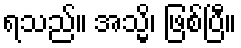
ရသည်။ အသ္မိ၊ ဖြစ်ပြီ။